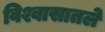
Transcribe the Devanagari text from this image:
विश्वासातले